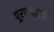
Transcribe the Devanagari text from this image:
पूरणपोळी